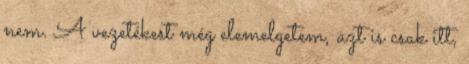
nem. A vezetékest még elemelgetem, azt is csak itt,